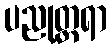
ပညုတ္တရာ